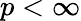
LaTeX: p<\infty